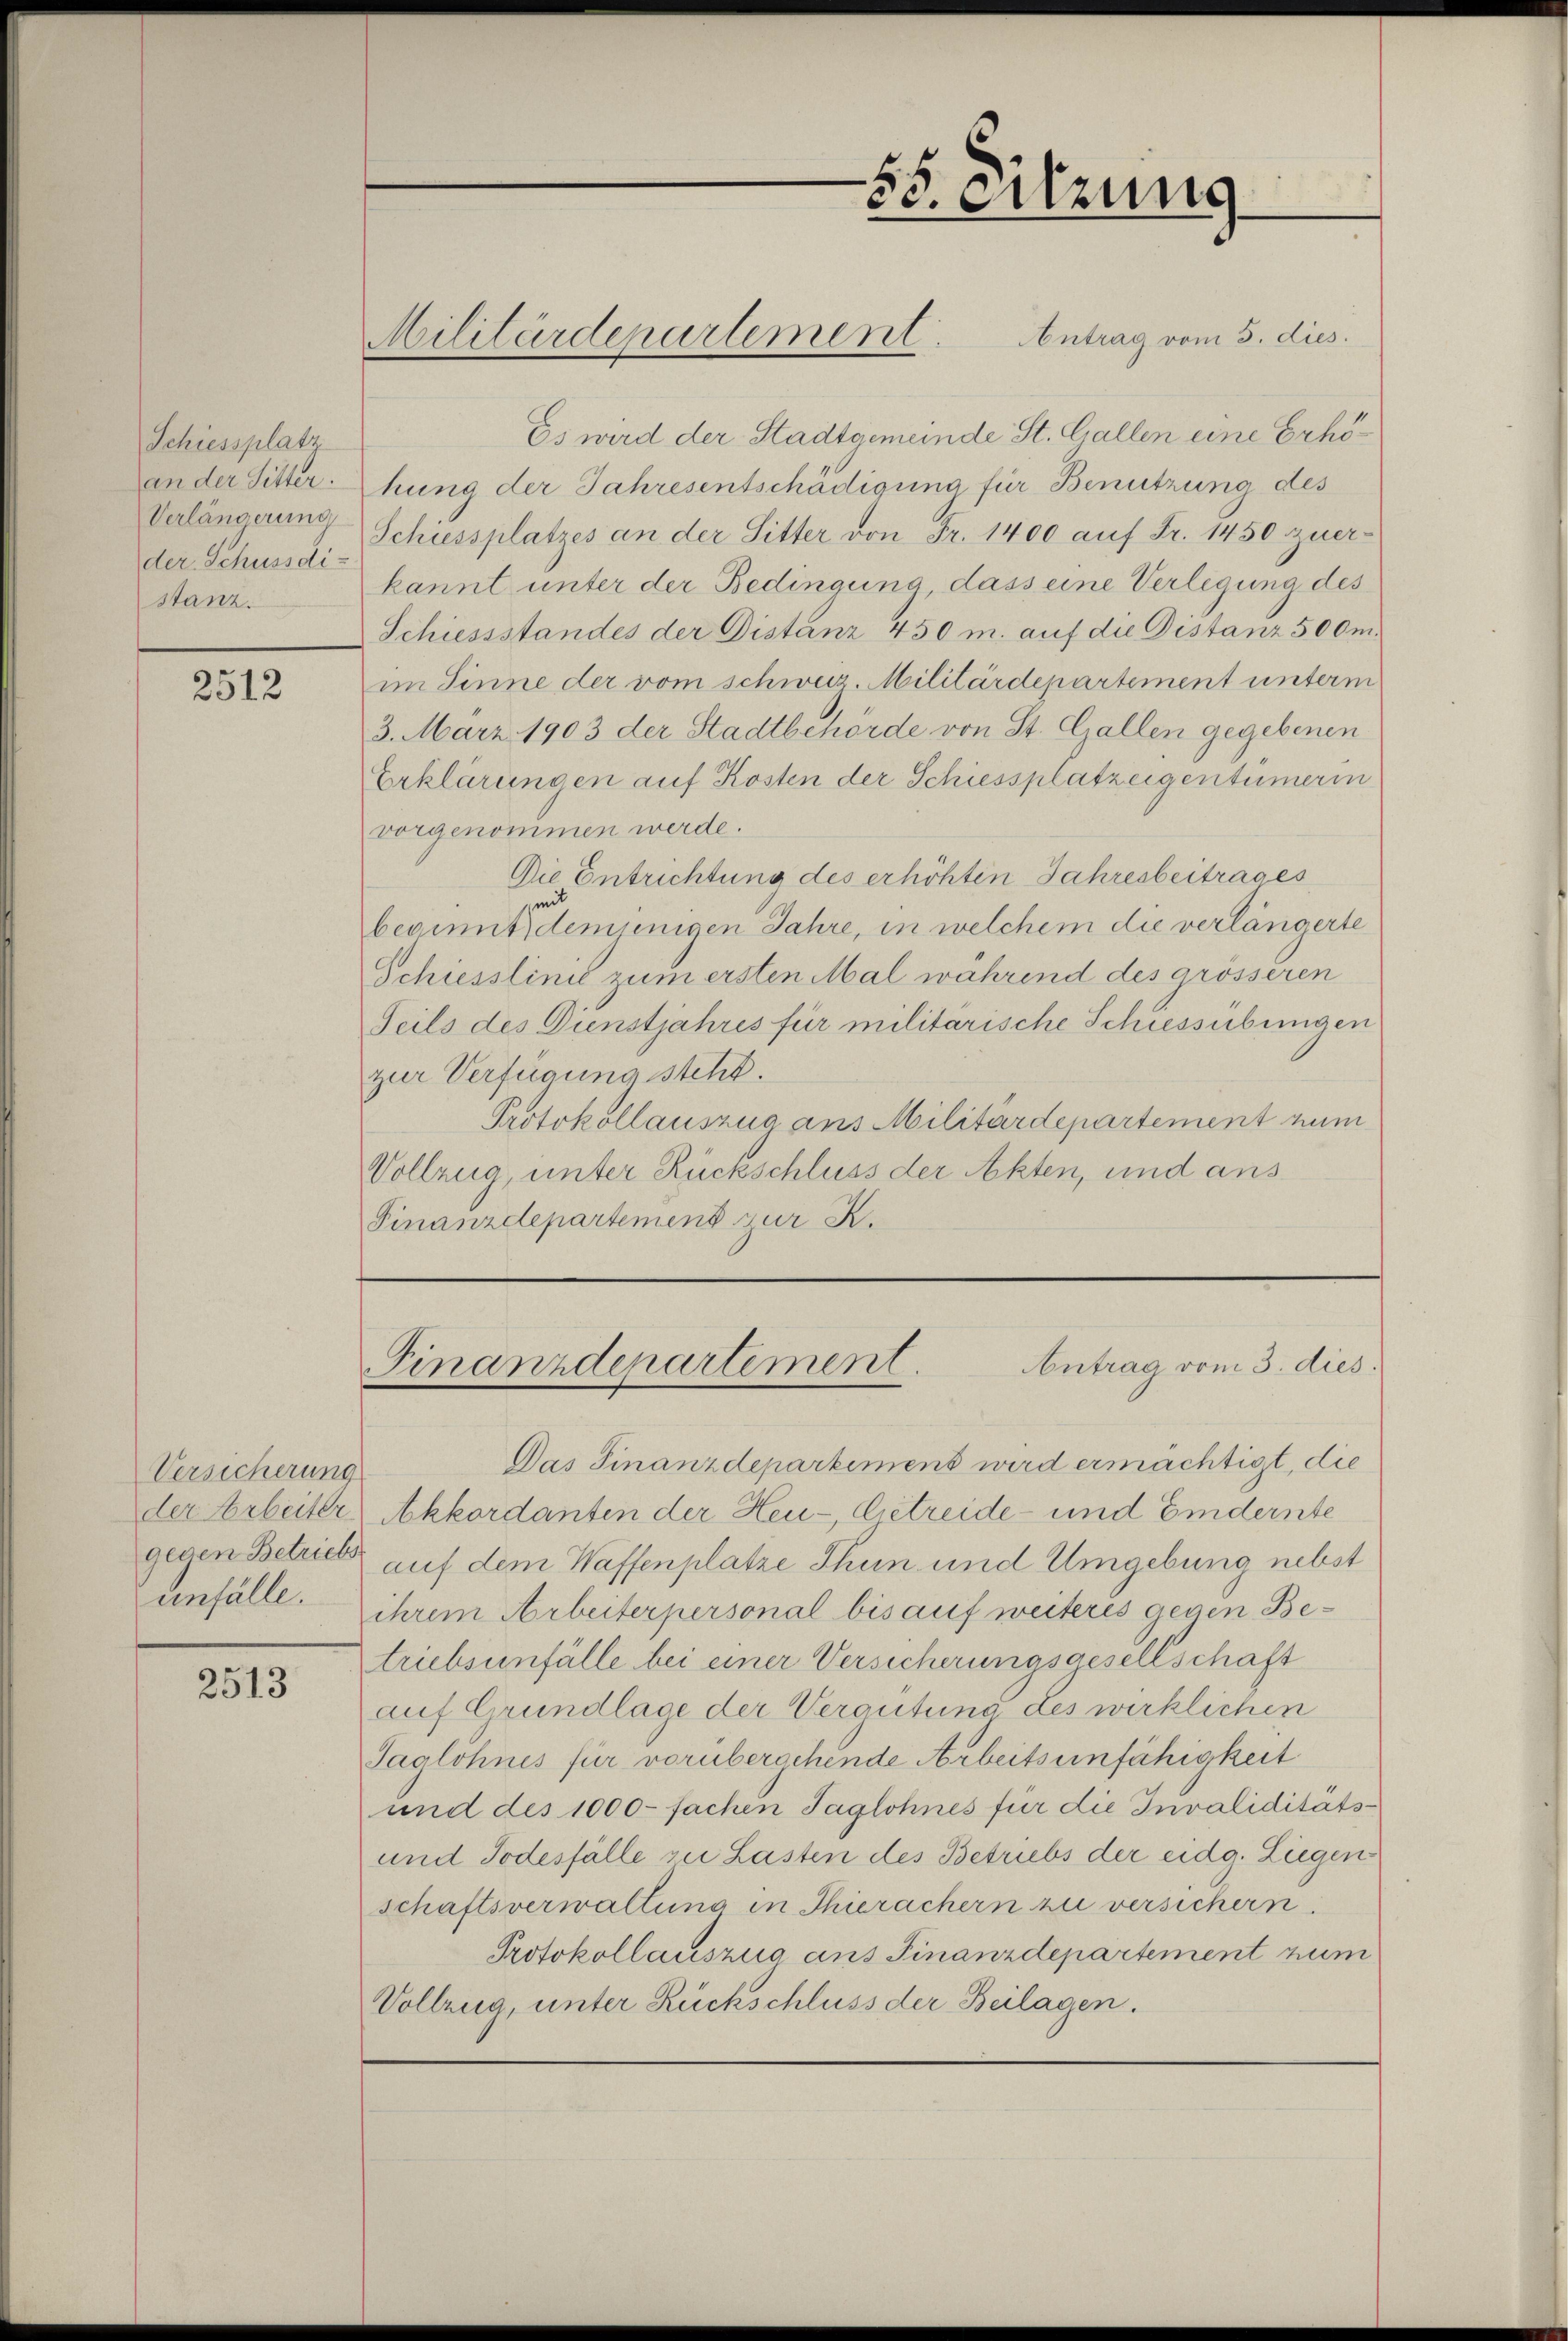
Schiessplatz
an der Sitter.
Verlängerung
der Schussdi-
stanz.

2512

Versicherung
unfälle.

2513

Militärdepartement. Antrag vom 5. dies

55. Sitzung

Es wird der Stadtgemeinde St. Gallen eine Erhöhung der Jahresentschädigung für Benutzung des
Schiessplatzes an der Sitter von Fr. 1400 auf Fr. 1450 zuer-
kannt unter der Bedingung dass eine Verlegung des
Schiessstandes der Distanz 450 m. auf die Distanz 500 m.
im Sinne der vom schweiz. Militärdepartement unterm
3. März 1903 der Stadtbehörde von St. Gallen gegebenen
Erklärungen auf Kosten der Schiessplatzeigentümerin
vorgenommen werde.
Die Entrichtung des erhöhten Jahresbeitrages
beginnt, demjenigen Jahre, in welchem die verlängerte
Schiesslinić zum ersten Mal während des grösseren
Seils des Dienstjahres für militärische Schiessübungen
zur Verfügung steht.
Protokollauszug aus Militärdepartement num
Vollzug, unter Rückschluss der Akten, und aus
Finanzdepartement zur K.

Antrag vom 3. dies
Finanzdepartement.

Das Finanzdepartiment wird ermächtigt, die
der Arbeiter Akkordanten der Heu- Getreide- und Eindernte
gegen Betrieb auf dem Waffenplatze Thun und Umgebung nebst
ihrem Arbeiterpersonal bis auf weiteres gegen Betriebsunfälle bei einer Versicherungsgesellschaft
auf Grundlage der Vergütung des wirklichen
Taglöhnes für vorübergehende Arbeitsunfähigkeit
und des 1000 fachen Taglohnes für die Invaliditäts¬
und Todesfälle zu Lasten des Betriebs der eidg. Liegen
schaftsverwaltung in Thierachern zu versichern
Protokollauszug aus Finanzdepartement zum
Vollzug, unter Ruckschluss der Beilagen.